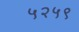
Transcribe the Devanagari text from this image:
५२५९